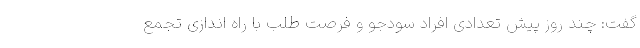
گفت: چند روز پیش تعدادی افراد سودجو و فرصت طلب با راه اندازی تجمع